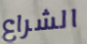
الشراع